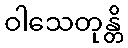
ဝါသေတုန္တိ